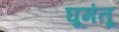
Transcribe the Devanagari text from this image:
घूमंतू